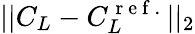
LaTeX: ||C_{L}-C_{L}^{\mathrm{~r~e~f~.~}}||_{2}